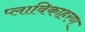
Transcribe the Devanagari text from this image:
प्लाविकाहरण